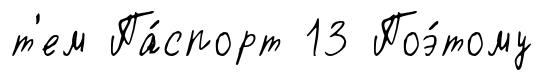
т'ем Па́спорт 13 Поэ́тому